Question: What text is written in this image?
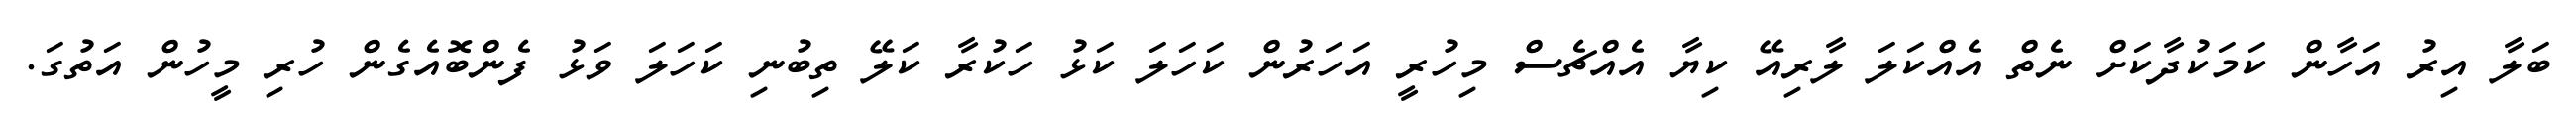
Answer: ބަލާ އިރު އަހާން ކަމަކުދާކަށް ނެތް އެއްކަލަ ލާރިއޭ ކިޔާ އެއްޗެސް މިހުރީ އަހަރުން ކަހަލަ ކަޅު ހަކުރާ ކަލޭ ތިބުނި ކަހަލަ ވަޅު ފެންބޮއެގެން ހުރި މީހުން އަތުގަ.